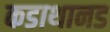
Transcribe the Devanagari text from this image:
कडाथानड